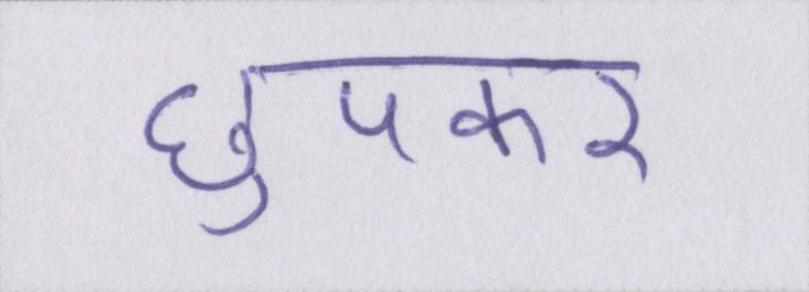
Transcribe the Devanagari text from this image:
छुपकर